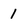
Character: 1